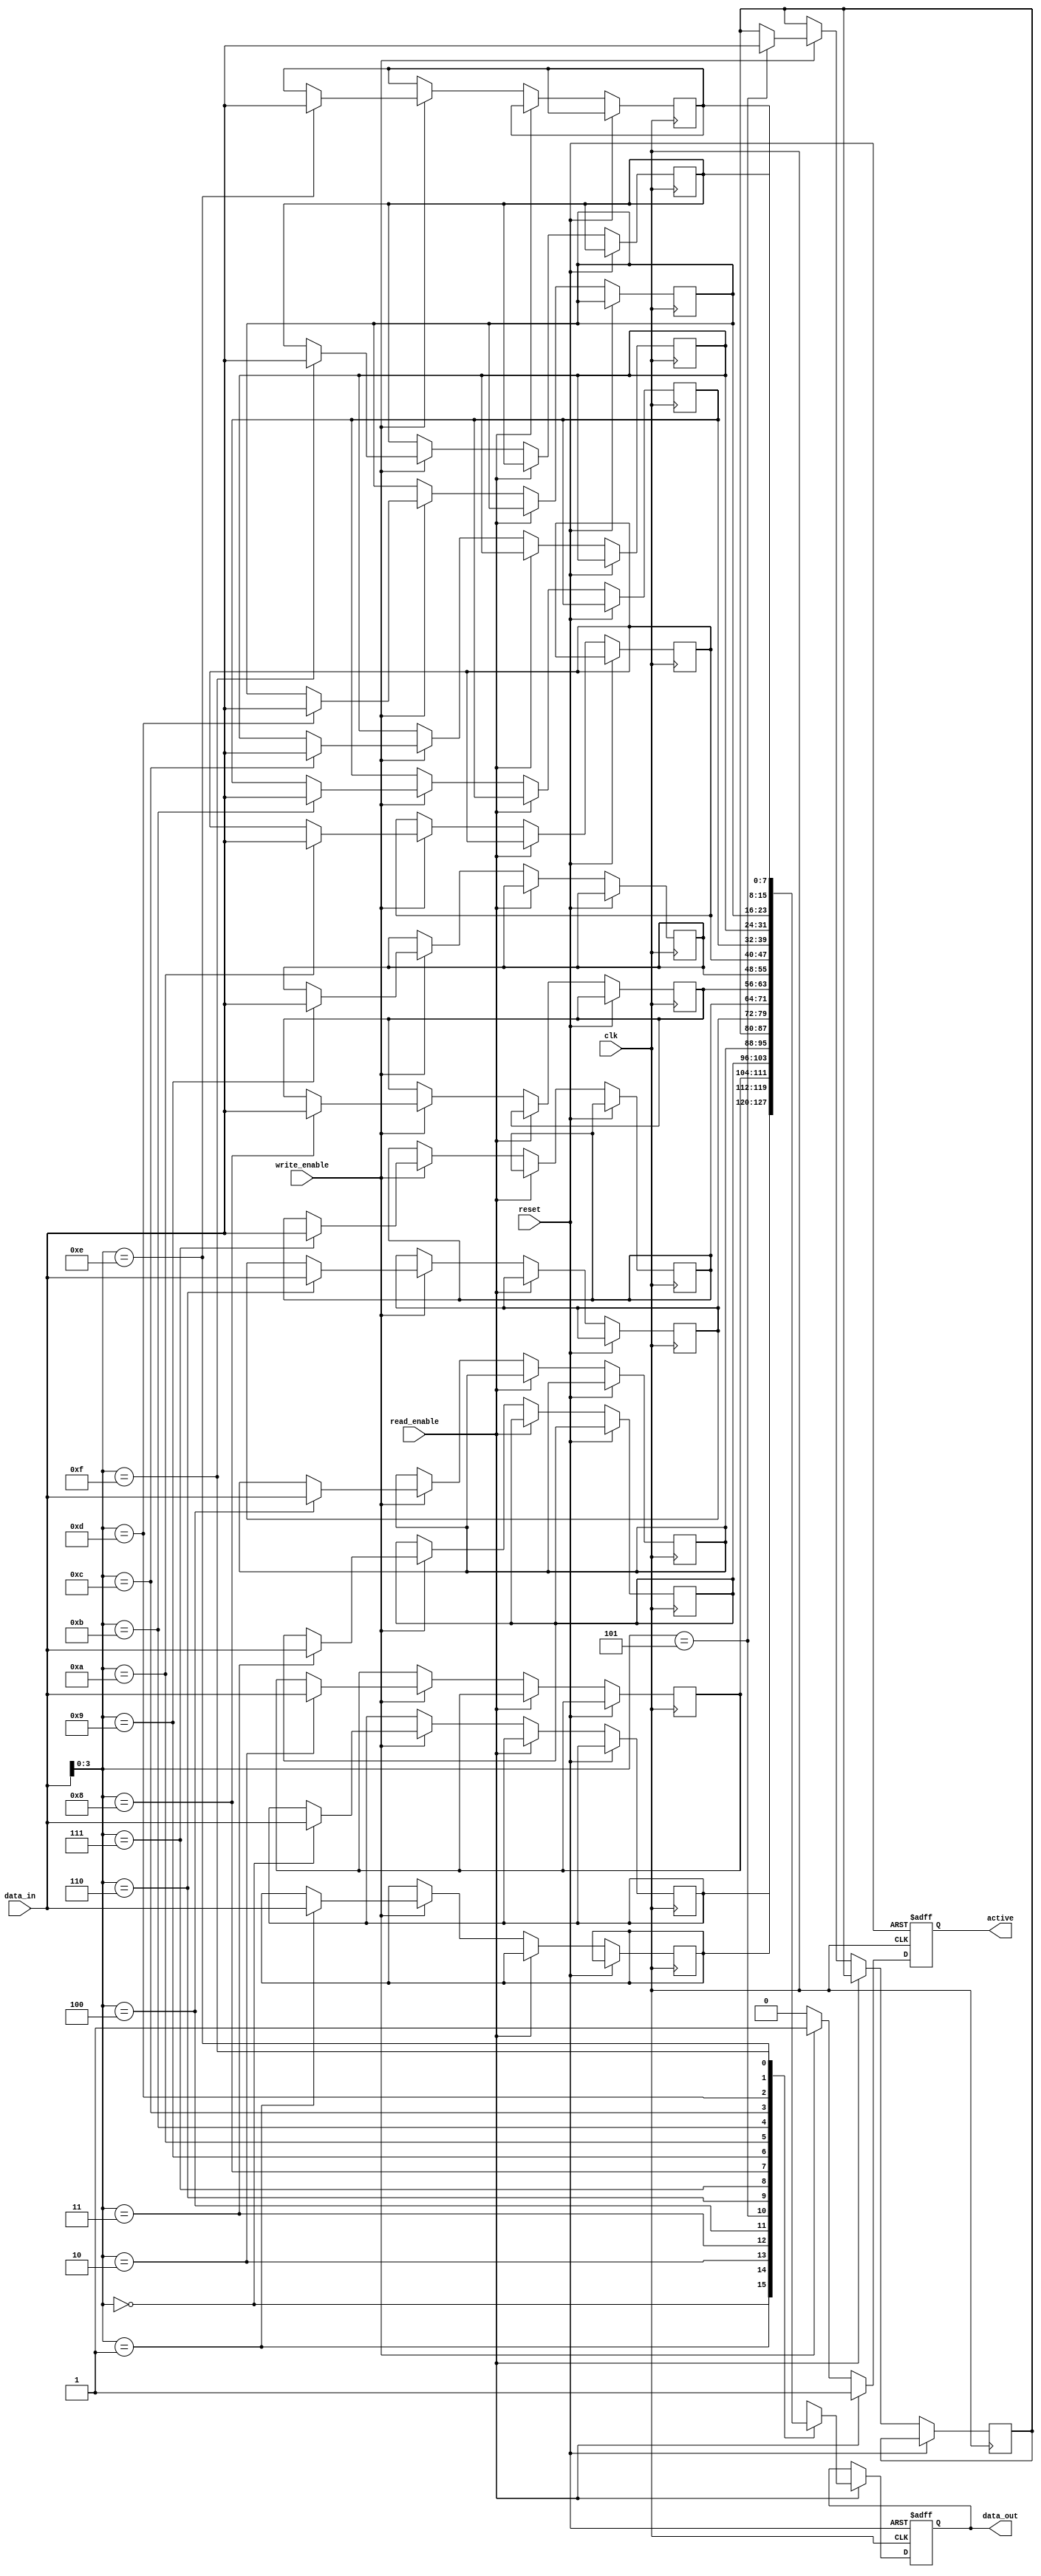
module memory_block (
    input wire clk,
    input wire reset,
    input wire read_enable,
    input wire write_enable,
    output reg [7:0] data_out,
    input wire [7:0] data_in,
    output reg active
);
    reg [7:0] memory [0:15]; // 16 x 8-bit memory array

    always @(posedge clk or posedge reset) begin
        if (reset) begin
            active <= 1'b0;
            data_out <= 8'b0;
        end else begin
            if (read_enable) begin
                data_out <= memory[data_in[3:0]]; // Read from memory
                active <= 1'b1; // Mark block as active
            end else if (write_enable) begin
                memory[data_in[3:0]] <= data_in; // Write to memory
                active <= 1'b1; // Mark block as active
            end else begin
                active <= 1'b0; // Mark block as inactive
            end
        end
    end
endmodule